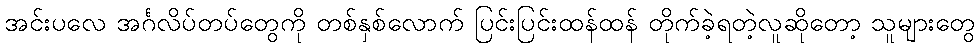
အင်းပလေ အင်္ဂလိပ်တပ်တွေကို တစ်နှစ်လောက် ပြင်းပြင်းထန်ထန် တိုက်ခဲ့ရတဲ့လူဆိုတော့ သူများတွေ